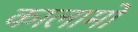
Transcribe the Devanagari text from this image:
कालामो